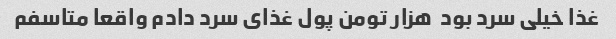
غذا خیلی سرد بود  هزار تومن پول غذای سرد دادم واقعا متاسفم